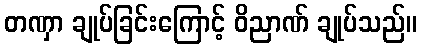
တဏှာ ချုပ်ခြင်းကြောင့် ဝိညာဏ် ချုပ်သည်။